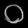
Digit: ၀